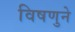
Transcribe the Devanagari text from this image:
विषणुने